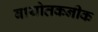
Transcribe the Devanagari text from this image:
बायोतकनीक